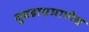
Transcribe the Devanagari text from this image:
घुबडाप्रमाणेच